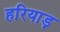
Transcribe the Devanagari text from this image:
हरियाड़